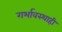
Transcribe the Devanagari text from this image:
गर्भावस्थाही